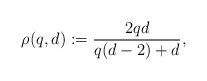
\begin{align*}\rho(q,d):= \frac{2qd}{q(d-2)+d},\end{align*}